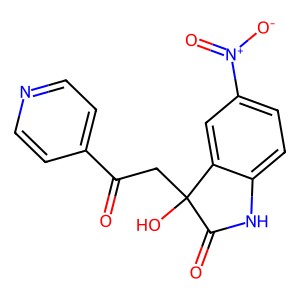
SMILES: O=C(CC1(O)C(=O)Nc2ccc([N+](=O)[O-])cc21)c1ccncc1
Inhibits HIV replication: No